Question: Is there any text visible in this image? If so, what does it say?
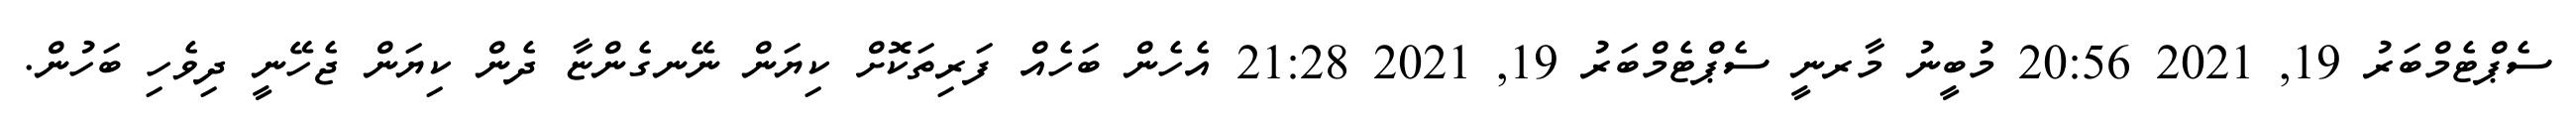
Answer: ސެޕްޓެމްބަރު 19, 2021 20:56 މުބީނު މާރނީ ސެޕްޓެމްބަރު 19, 2021 21:28 އެހެން ބަހެއް ފަރިތަކޮށް ކިޔަން ނޭނގެންޏާ ދެން ކިޔަން ޖެހޭނީ ދިވެހި ބަހުން.